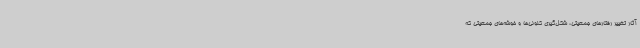
آثار تغییر رفتارهای جمعیتی، شکل‌گیری کلونی‌ها و خوشه‌های جمعیتی که